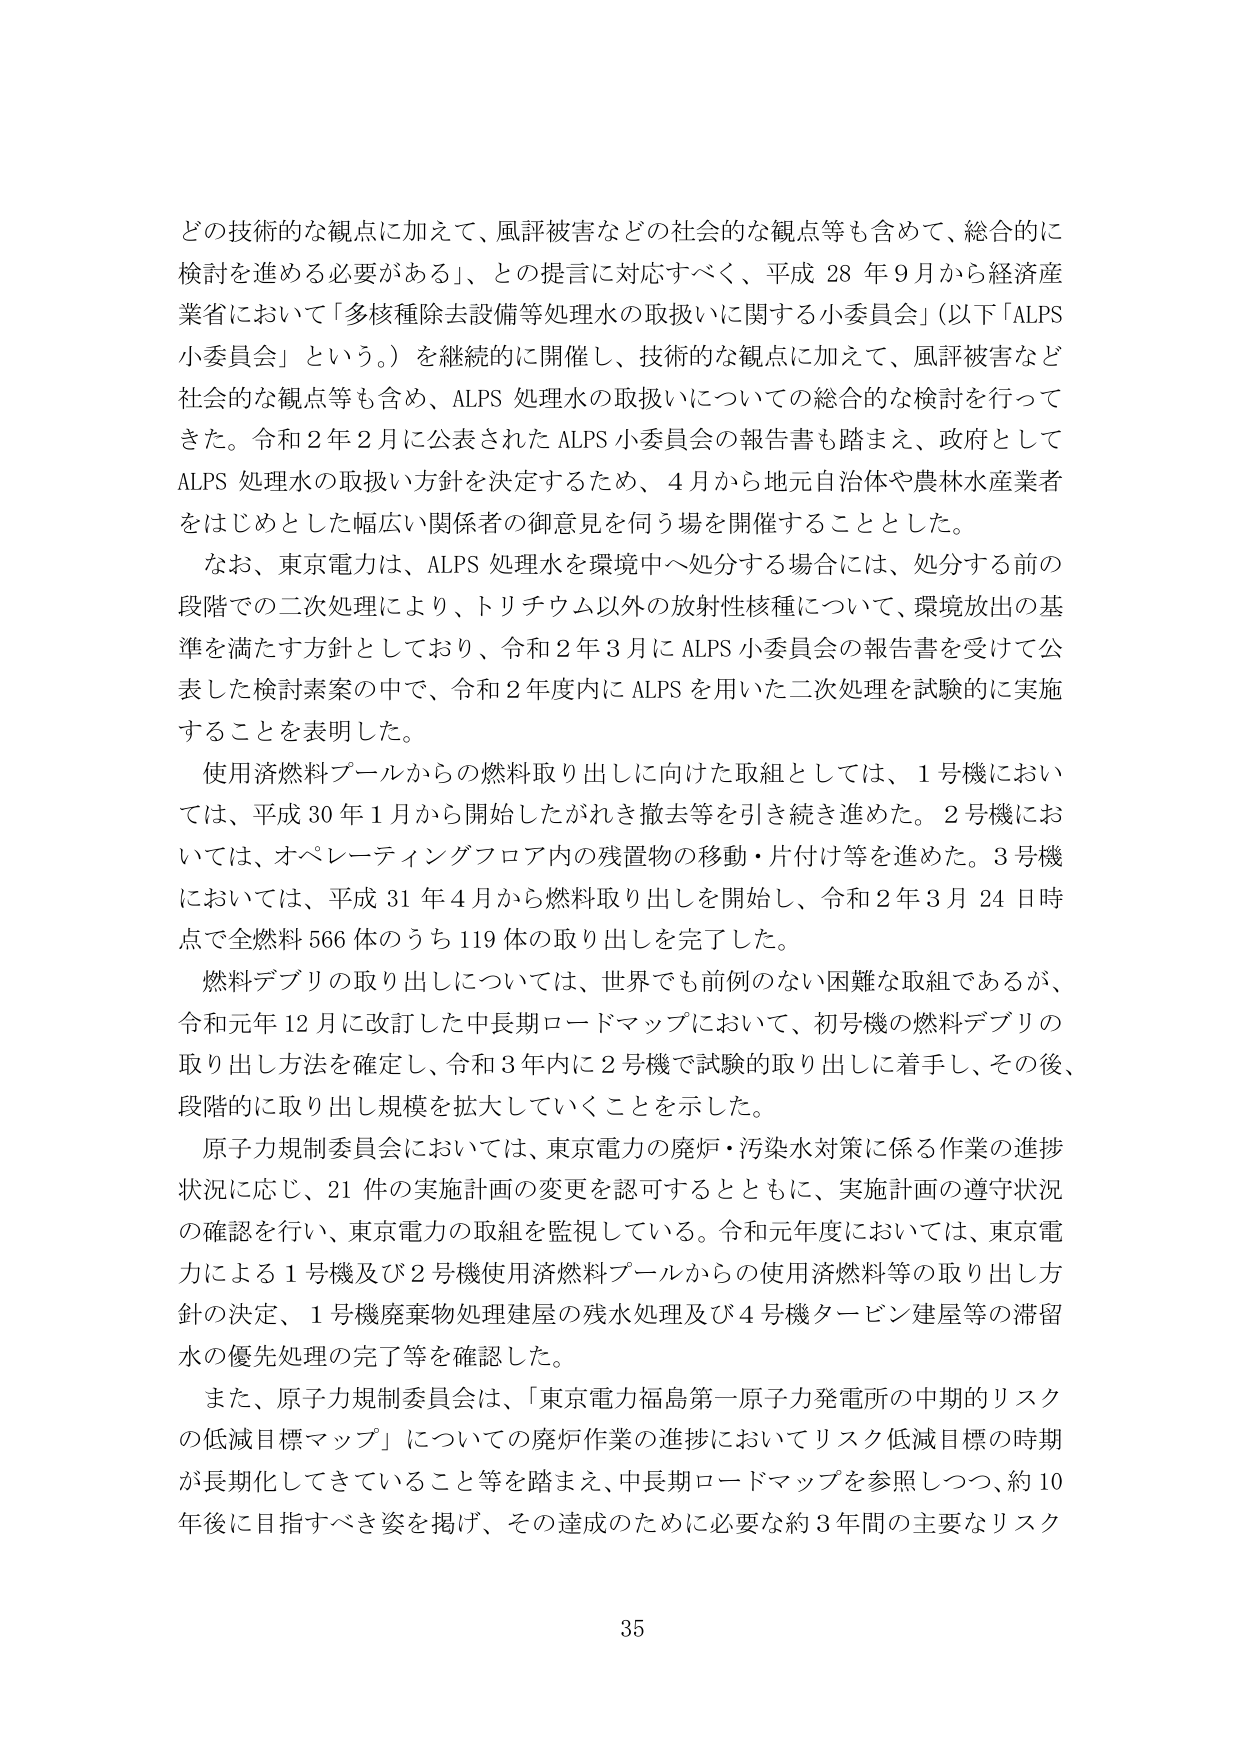
どの技術的な観点に加えて、風評被害などの社会的な観点等も含めて、総合的に検討を進める必要がある」、との提言に対応すべく、平成28年9月から経済産業省において「多核種除去設備等処理水の取扱いに関する小委員会」（以下「ALPS小委員会」という。）を継続的に開催し、技術的な観点に加えて、風評被害など社会的な観点等も含め、ALPS処理水の取扱いについての総合的な検討を行ってきた。令和2年2月に公表されたALPS小委員会の報告書も踏まえ、政府としてALPS処理水の取扱い方針を決定するため、4月から地元自治体や農林水産業者をはじめとした幅広い関係者の御意見を伺う場を開催することとした。

なお、東京電力は、ALPS処理水を環境中へ処分する場合には、処分する前の段階での二次処理により、トリチウム以外の放射性核種について、環境放出の基準を満たす方針としており、令和2年3月にALPS小委員会の報告書を受けて公表した検討素案の中で、令和2年度内にALPSを用いた二次処理を試験的に実施することを表明した。

使用済燃料プールからの燃料取り出しに向けた取組としては、1号機においては、平成30年1月から開始したがれき撤去等を引き続き進めた。2号機においては、オペレーティングフロア内の残置物の移動・片付け等を進めた。3号機においては、平成31年4月から燃料取り出しを開始し、令和2年3月24日時点で全燃料566体のうち119体の取り出しを完了した。

燃料デブリの取り出しについては、世界でも前例のない困難な取組であるが、令和元年12月に改訂した中長期ロードマップにおいて、初号機の燃料デブリの取り出し方法を確定し、令和3年内に2号機で試験的取り出しに着手し、その後、段階的に取り出し規模を拡大していくことを示した。

原子力規制委員会においては、東京電力の廃炉・汚染水対策に係る作業の進捗状況に応じ、21件の実施計画の変更を認可するとともに、実施計画の遵守状況の確認を行い、東京電力の取組を監視している。令和元年度においては、東京電力による1号機及び2号機使用済燃料プールからの使用済燃料等の取り出し方針の決定、1号機廃棄物処理建屋の残水処理及び4号機タービン建屋等の滞留水の優先処理の完了等を確認した。

また、原子力規制委員会は、「東京電力福島第一原子力発電所の中長期的リスクの低減目標マップ」についての廃炉作業の進捗においてリスク低減目標の時期が長期化してきていること等を踏まえ、中長期ロードマップを参照しつつ、約10年後に目指すべき姿を掲げ、その達成のために必要な約3年間の主要なリスク

35